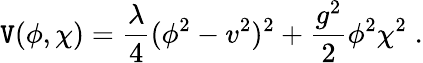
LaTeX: \mathtt{V}(\phi,\chi)={\frac{{\lambda}}{{4}}}(\phi^{2}-v^{2})^{2}+{\frac{{g^{2}}}{{2}}}\phi^{2}\chi^{2}\; .